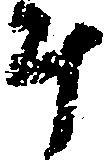
斗